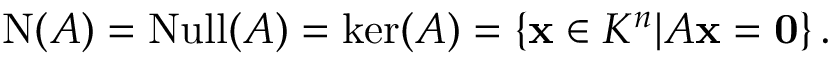
\operatorname { N } ( A ) = \operatorname { N u l l } ( A ) = \ker ( A ) = \left\{ \mathbf { x } \in K ^ { n } | A \mathbf { x } = \mathbf { 0 } \right\} .